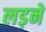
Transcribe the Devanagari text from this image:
लड़नें